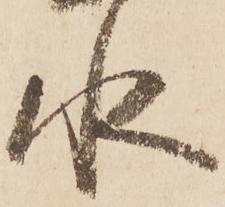
水